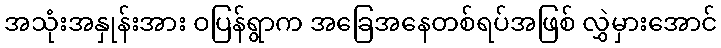
အသုံးအနှုန်းအား ဝပြန်ရွာက အခြေအနေတစ်ရပ်အဖြစ် လွှဲမှားအောင်